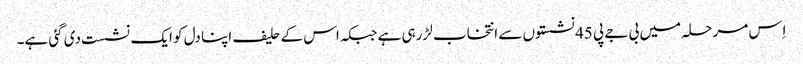
اِس مرحلہ میں بی جے پی 45 نشستوں سے انتخاب لڑرہی ہے جبکہ اس کے حلیف اپنا دل کو ایک نشست دی گئی ہے۔